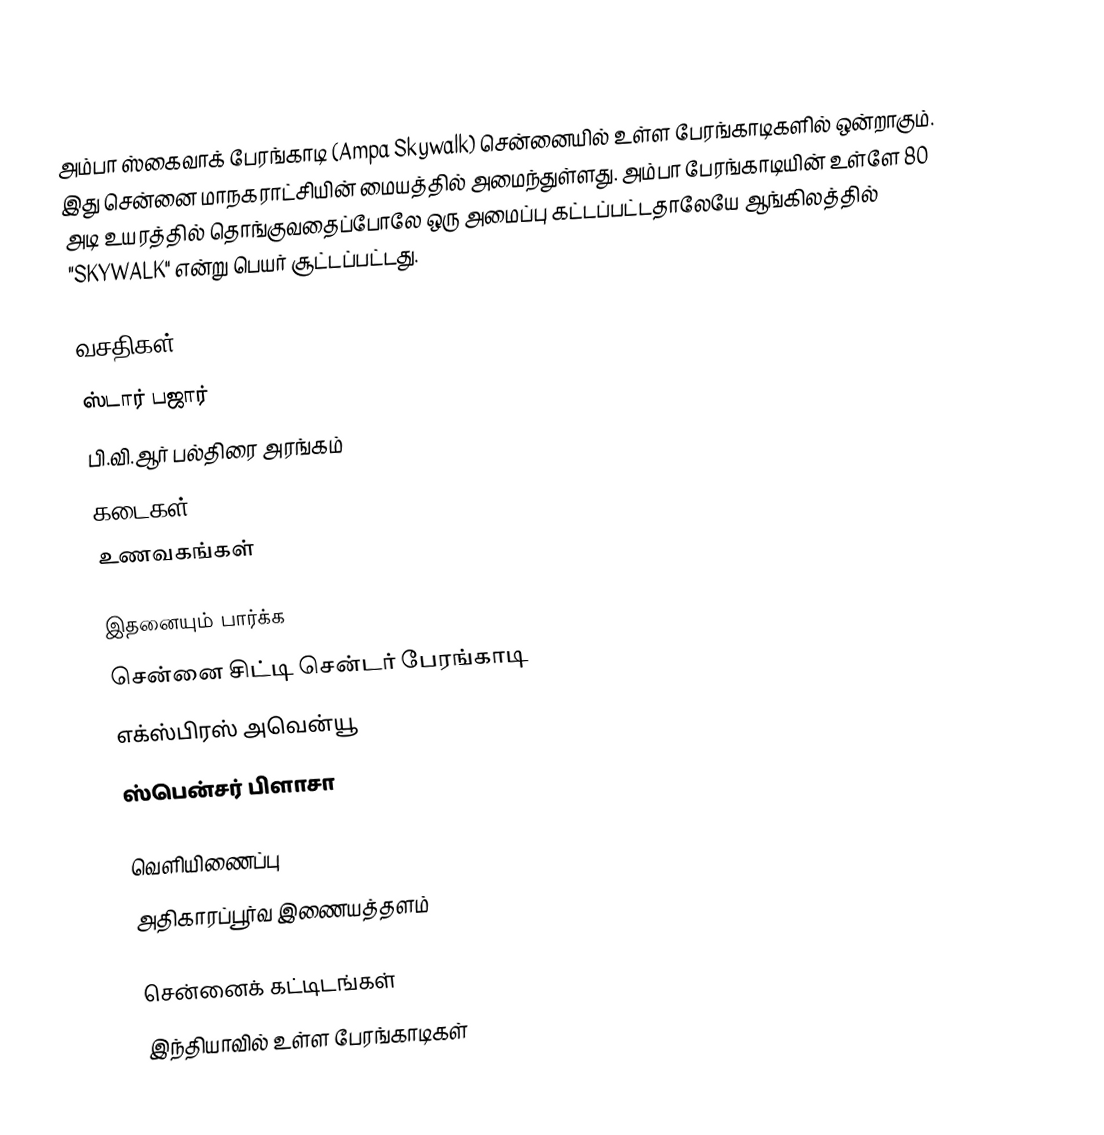
அம்பா ஸ்கைவாக் பேரங்காடி (Ampa Skywalk) சென்னையில் உள்ள பேரங்காடிகளில் ஒன்றாகும். இது சென்னை மாநகராட்சியின் மையத்தில் அமைந்துள்ளது. அம்பா பேரங்காடியின் உள்ளே 80 அடி உயரத்தில் தொங்குவதைப்போலே ஒரு அமைப்பு கட்டப்பட்டதாலேயே ஆங்கிலத்தில் "SKYWALK" என்று பெயர் சூட்டப்பட்டது.

வசதிகள்
 ஸ்டார் பஜார்
 பி.வி.ஆர் பல்திரை அரங்கம்
 கடைகள்
 உணவகங்கள்

இதனையும் பார்க்க
சென்னை சிட்டி சென்டர் பேரங்காடி
எக்ஸ்பிரஸ் அவென்யூ
ஸ்பென்சர் பிளாசா

வெளியிணைப்பு
 அதிகாரப்பூர்வ இணையத்தளம்

சென்னைக் கட்டிடங்கள்
இந்தியாவில் உள்ள பேரங்காடிகள்